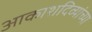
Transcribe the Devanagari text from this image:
आकाशदिव्यांच्या